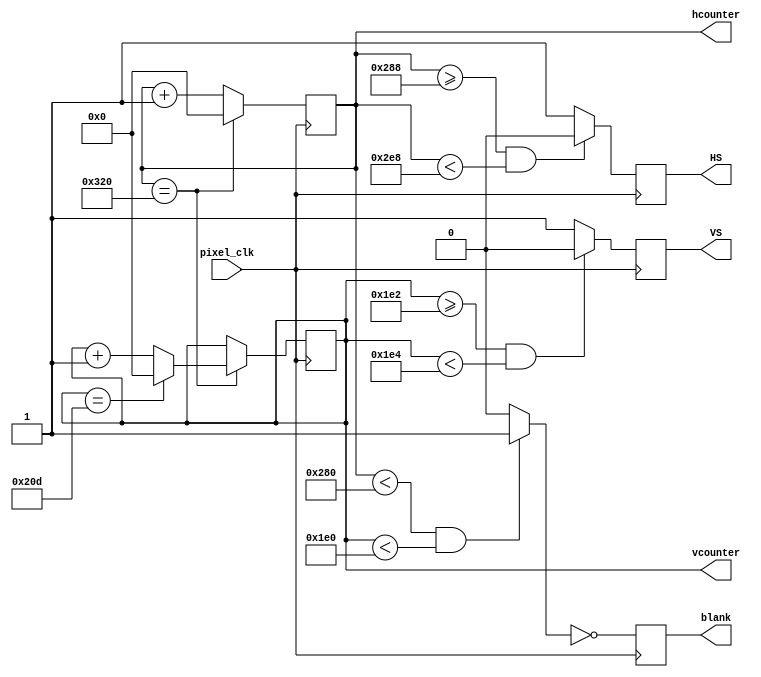
`timescale 1ns / 1ps
//////////////////////////////////////////////////////////////////////////////////
// Company: 
// Engineer: 
// 
// Design Name: 
// Module Name:    VGAcontrol 
// Project Name: 
// Target Devices: 
// Tool versions: 
// Description: 
//
// Dependencies: 
//
// Revision: 
// Revision 0.01 - File Created
// Additional Comments: 
//
//////////////////////////////////////////////////////////////////////////////////
module vga_controller (pixel_clk,HS,VS,hcounter,vcounter,blank);

	input pixel_clk;
	output HS, VS, blank;
	output [10:0] hcounter, vcounter;

	parameter HMAX = 800; // maxium value for the horizontal pixel counter
	parameter VMAX = 525; // maxium value for the vertical pixel counter
	parameter HLINES = 640; // total number of visible columns
	parameter HFP = 648; // value for the horizontal counter where front porch ends
	parameter HSP = 744; // value for the horizontal counter where the synch pulse ends
	parameter VLINES = 480; // total number of visible lines
	parameter VFP = 482; // value for the vertical counter where the frone proch ends
	parameter VSP = 484; // value for the vertical counter where the synch pulse ends
	parameter SPP = 0;


	wire video_enable;
	reg HS=1'b0, VS=1'b0, blank=1'b0;
	reg [10:0] hcounter=11'b0,vcounter=11'b0;

	always@(posedge pixel_clk)begin
		blank <= ~video_enable; 
	end

	always@(posedge pixel_clk)begin
		if (hcounter == HMAX) hcounter <= 11'b0;
		else hcounter <= hcounter + 11'b1;
	end

	always@(posedge pixel_clk)begin
		if(hcounter == HMAX) begin
			if(vcounter == VMAX) vcounter <= 11'b0;
			else vcounter <= vcounter + 11'b1; 
		end
	end

	always@(posedge pixel_clk)begin
		if(hcounter >= HFP && hcounter < HSP) HS <= SPP;
		else HS <= ~SPP; 
	end

	always@(posedge pixel_clk)begin
		if(vcounter >= VFP && vcounter < VSP) VS <= SPP;
		else VS <= ~SPP; 
	end

	assign video_enable = (hcounter < HLINES && vcounter < VLINES) ? 1'b1 : 1'b0;

endmodule